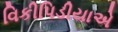
વિકીપિડીયાએ